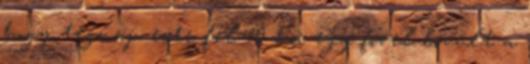
hogy tegnap este fél 10-kor egy fõvel bõvült a